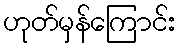
ဟုတ်မှန်ကြောင်း